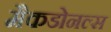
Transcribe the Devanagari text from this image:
मैकडोनल्स